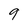
Character: 9